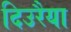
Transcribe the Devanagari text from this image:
दिउरैया